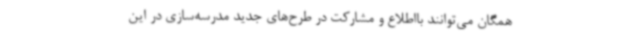
همگان می‌توانند بااطلاع و مشارکت در طرح‌های جدید مدرسه‌سازی در این